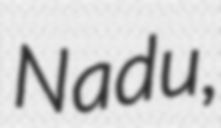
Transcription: Nadu,